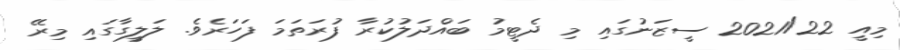
މިއީ 2021/22 ސީޒަނުގައި މި ދެޓީމު ބައްދަލުކުރާ ފުރަތަމަ ފަހަރެވެ. ލަލީގާގައި މިރޭ